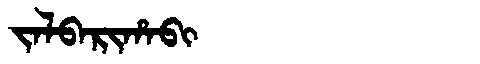
Manchu: ᠵᠠᠯᠪᠠᡵᡳᡥᠠᠪᡳ
Romanization: JALBARIHABI